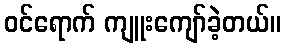
ဝင်ရောက် ကျူးကျော်ခဲ့တယ်။